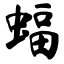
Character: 蝠